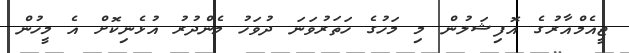
ޖީއެމްއާރުގެ އޮފިޝަލުން މި މަހުގެ ހަތަރުވަނަ ދުވަހު މެންދުރު އުޅެނިކޮށް އެ މީހުން